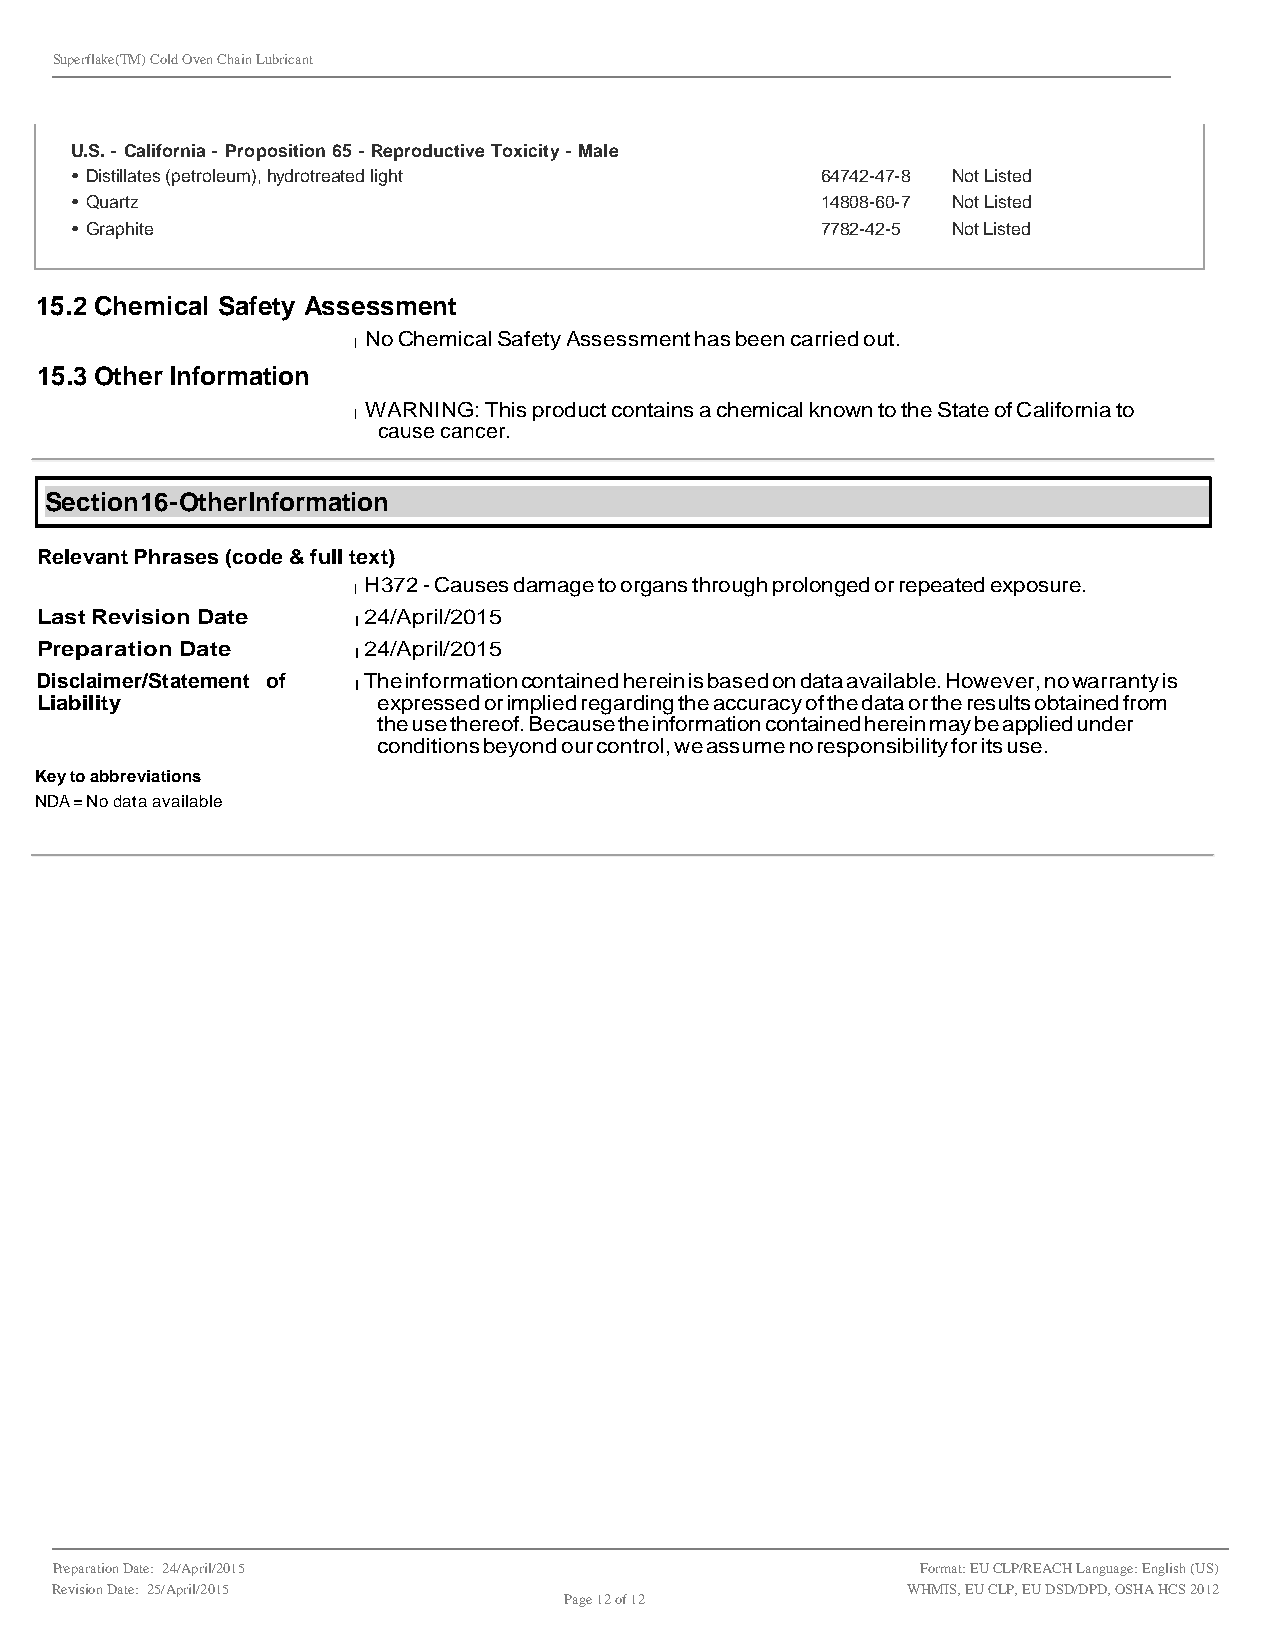
Superflake(TM) Cold Oven Chain Lubricant
 U.S. - California - Proposition 65 - Reproductive Toxicity - Male
 • Distillates (petroleum), hydrotreated light    64742-47-8 Not Listed
 • Quartz                                         14808-60-7 Not Listed
 • Graphite                                       7782-42-5 Not Listed
 15.2 Chemical Safety Assessment
 l No Chemical Safety Assessment has been carried out.
 15.3 Other Information
 l WARNING: This product contains a chemical known to the State of California to
 cause cancer.
 Section 16 - Other Information
 Relevant Phrases (code & full text)
 l H372 - Causes damage to organs through prolonged or repeated exposure.
 Last Revision Date   l 24/April/2015
 Preparation Date     l 24/April/2015
 Disclaimer/Statement of l The information contained herein is based on data available. However, no warranty is
 Liability              expressed or implied regarding the accuracy of the data or the results obtained from
 the use thereof. Because the information contained herein may be applied under
 conditions beyond our control, we assume no responsibility for its use.
 Key to abbreviations
 NDA = No data available
 Preparation Date: 24/April/2015                           Format: EU CLP/REACH Language: English (US)
 Revision Date: 25/April/2015                             WHMIS, EU CLP, EU DSD/DPD, OSHA HCS 2012
 Page 12 of 12